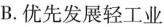
B.优先发展轻工业